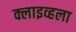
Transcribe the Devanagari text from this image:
क्लाइव्हला